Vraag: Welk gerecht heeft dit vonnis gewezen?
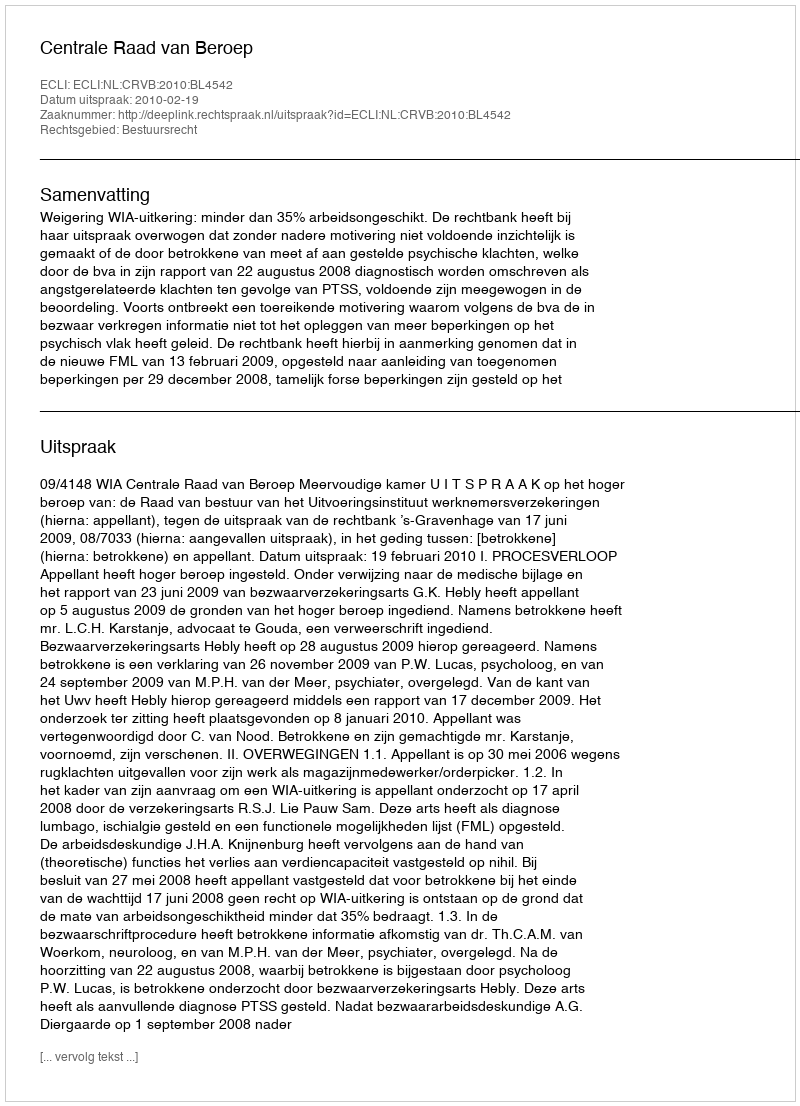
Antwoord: Centrale Raad van Beroep